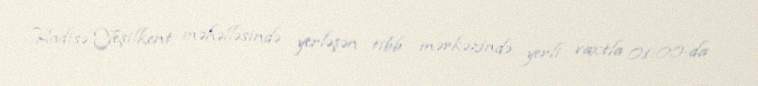
Hadisə Yeşilkent məhəlləsində yerləşən tibb mərkəzində, yerli vaxtla 01:00-da